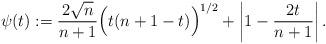
LaTeX: \begin{align*}\psi(t):=\frac{2\sqrt{n}}{n+1}\Bigl(t(n+1-t)\Bigr)^{1/2}+\left|1-\frac{2t}{n+1}\right|.\end{align*}